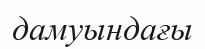
дамуындағы